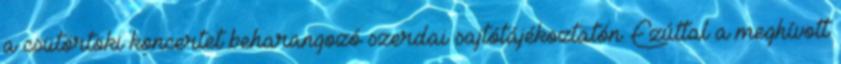
a csütörtöki koncertet beharangozó szerdai sajtótájékoztatón. Ezúttal a meghívott